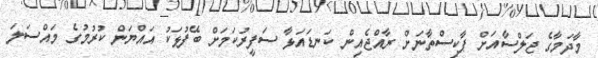
މާދަމާގެ ޖަލްސާއަށް ޕާކިސްތާނަށް ރާއްޖެއިން ކަނޑައަޅާ ސަފީރުކަމަށް ބޭފުޅަކު އައްޔަން ކުރުމުގެ މައްސަލަ